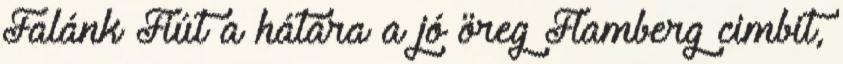
Falánk Fiút a hátára a jó öreg Flamberg cimbit,